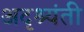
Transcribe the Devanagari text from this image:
अदृश्यंती